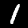
Digit: 1